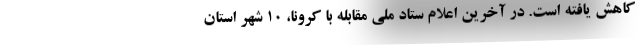
کاهش یافته است. در آخرین اعلام ستاد ملی مقابله با کرونا، ۱۰ شهر استان